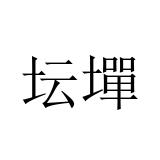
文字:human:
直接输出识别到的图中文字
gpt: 坛墠